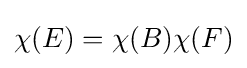
\chi (E)=\chi (B)\chi (F)